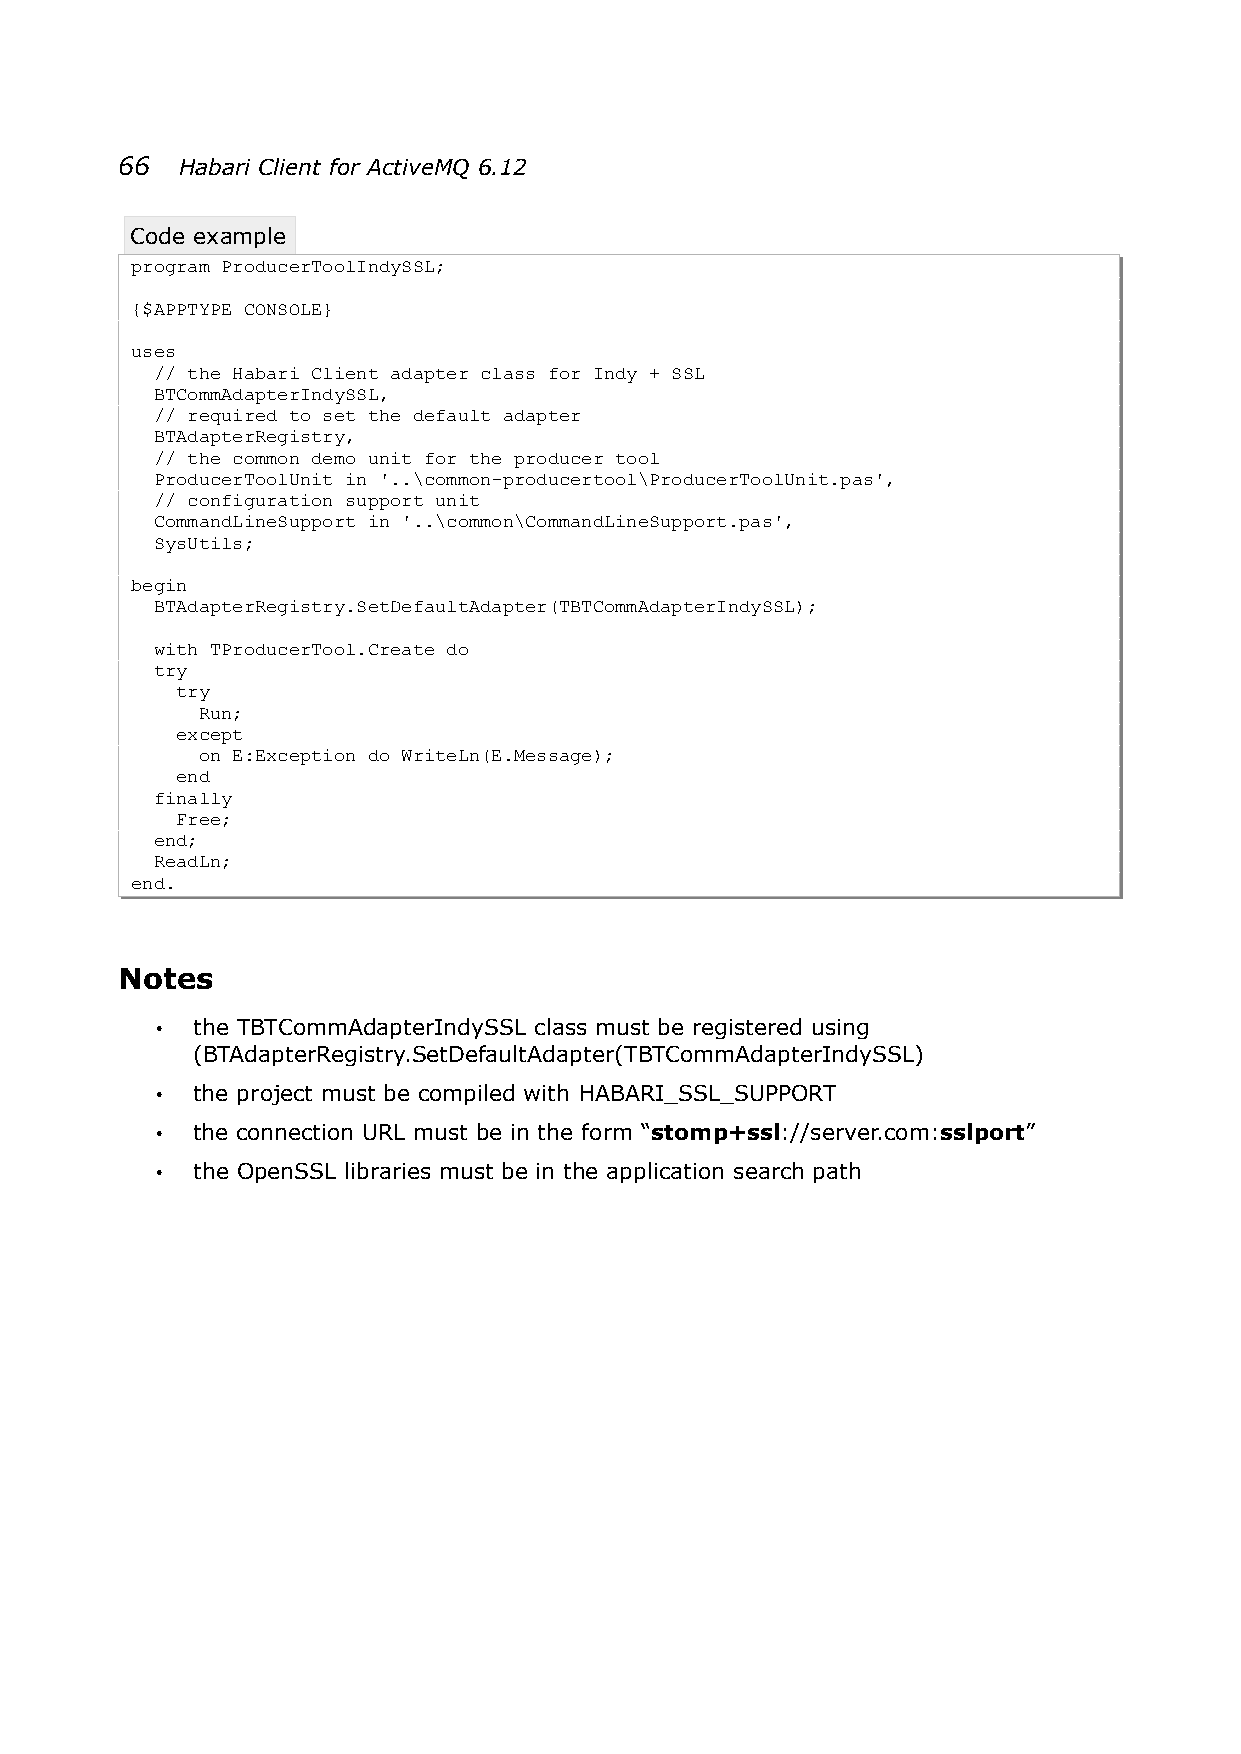
66  Habari Client for ActiveMQ 6.12
 Code example
 program ProducerToolIndySSL;
 {$APPTYPE CONSOLE}
 uses
 // the Habari Client adapter class for Indy + SSL
 BTCommAdapterIndySSL,
 // required to set the default adapter
 BTAdapterRegistry,
 // the common demo unit for the producer tool
 ProducerToolUnit in '..\common-producertool\ProducerToolUnit.pas',
 // configuration support unit
 CommandLineSupport in '..\common\CommandLineSupport.pas',
 SysUtils;
 begin
 BTAdapterRegistry.SetDefaultAdapter(TBTCommAdapterIndySSL);
 with TProducerTool.Create do
 try
 try
 Run;
 except
 on E:Exception do WriteLn(E.Message);
 end
 finally
 Free;
 end;
 ReadLn;
 end.
 Notes
 •  the TBTCommAdapterIndySSL class must be registered using
 (BTAdapterRegistry.SetDefaultAdapter(TBTCommAdapterIndySSL)
 •  the project must be compiled with HABARI_SSL_SUPPORT
 •  the connection URL must be in the form “stomp+ssl://server.com:sslport”
 •  the OpenSSL libraries must be in the application search path